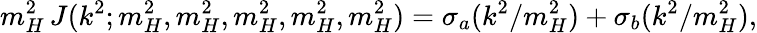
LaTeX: m_{H}^{2}\, J(k^{2};m_{H}^{2},m_{H}^{2},m_{H}^{2},m_{H}^{2},m_{H}^{2})=\sigma_{a}(k^{2}/m_{H}^{2})+\sigma_{b}(k^{2}/m_{H}^{2}),